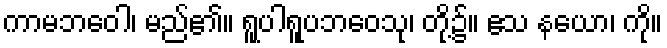
ကာမဘဝေါ၊ မည်၏။ ရူပါရူပဘဝေသု၊ တို့၌။ ဧသ နယော၊ ကို။